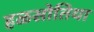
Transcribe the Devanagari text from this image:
हळसोतिया